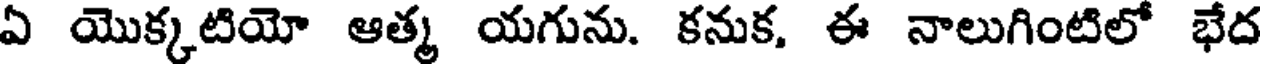
ఏ యొక్కటియో ఆత్మ యగును. కనుక, ఈ నాలుగింటిలో భేద